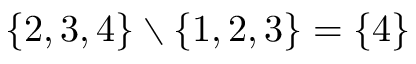
\{ 2 , 3 , 4 \} \setminus \{ 1 , 2 , 3 \} = \{ 4 \}